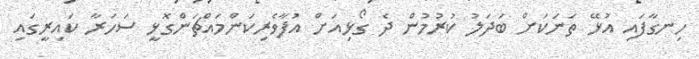
ހިނގާފައި އުޅޭ ތަނަކަށް ބަދަލު ކުރުމުން ދެ ގޯޅިއަށް އުފާވެރިކަންމައްޗަންގޮޅީ ސަހަރާ ކައިރީގައި